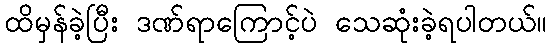
ထိမှန်ခဲ့ပြီး ဒဏ်ရာကြောင့်ပဲ သေဆုံးခဲ့ရပါတယ်။